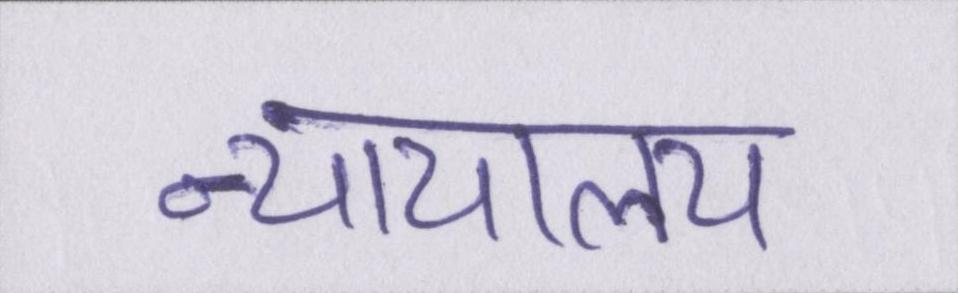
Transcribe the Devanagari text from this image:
न्यायालय